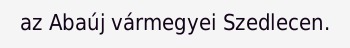
az Abaúj vármegyei Szedlecen.